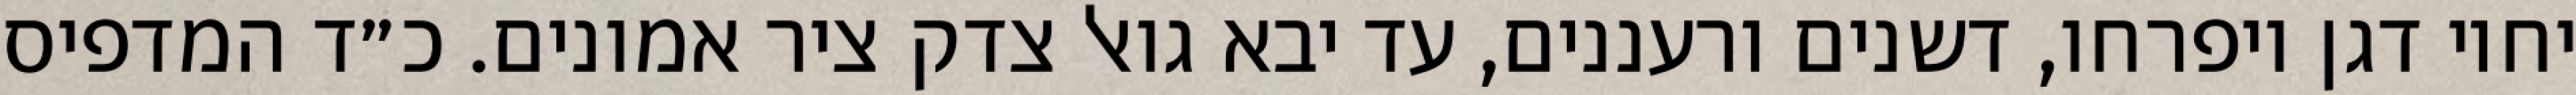
יחיו דגן ויפרחו, דשנים ורעננים, עד יבא גואל צדק ציר אמונים. כ״ד המדפיס